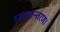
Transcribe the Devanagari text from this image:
स्थानान्तरण।